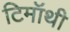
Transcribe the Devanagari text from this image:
टिमॉथी